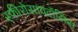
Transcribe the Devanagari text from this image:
स्फीरोसायटॉसिस